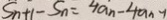
S _ { n + 1 } - S _ { n } = 4 a _ { n } - 4 a _ { n } - 1